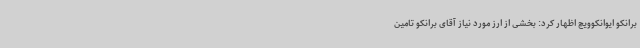
برانکو ایوانکوویچ اظهار کرد: بخشی از ارز مورد نیاز آقای برانکو تامین